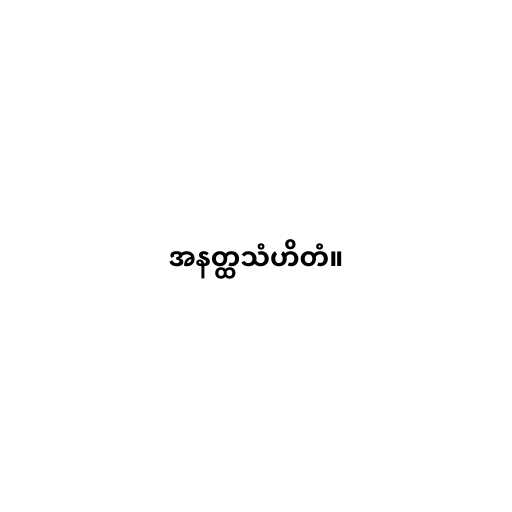
အနတ္ထသံဟိတံ။